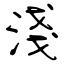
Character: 淺